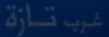
غربّ تازة